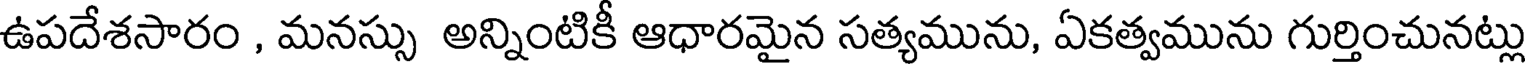
ఉపదేశసారం , మనస్సు అన్నింటికీ ఆధారమైన సత్యమును, ఏకత్వమును గుర్తించునట్లు